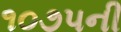
૧૦૭૫ની